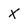
Character: X